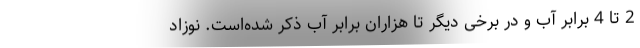
2 تا 4 برابر آب و در برخی دیگر تا هزاران برابر آب ذکر شده‌است. نوزاد